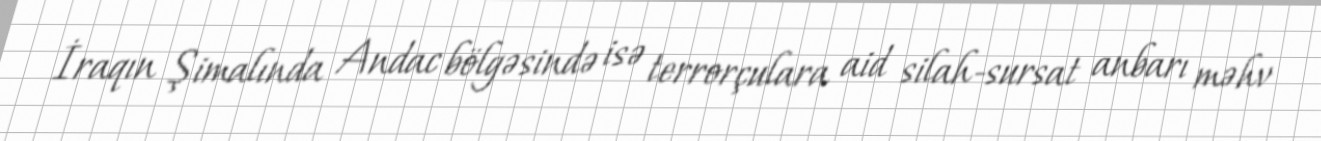
İraqın Şimalında Andac bölgəsində isə terrorçulara aid silah-sursat anbarı məhv